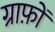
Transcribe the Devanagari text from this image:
ग्राफ़ों